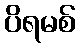
ပိရမစ်